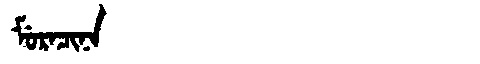
Manchu: ᠮᡠᡵᠠᠴᡳᠨᠠ
Romanization: MURACINA